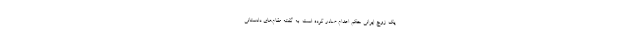
یک زوج ایرانی حکم اعدام صادر کرده است. به گفته مقام‌های دادستانی